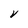
Character: V